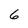
Character: 6